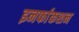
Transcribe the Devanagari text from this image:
इनर्फाकशन